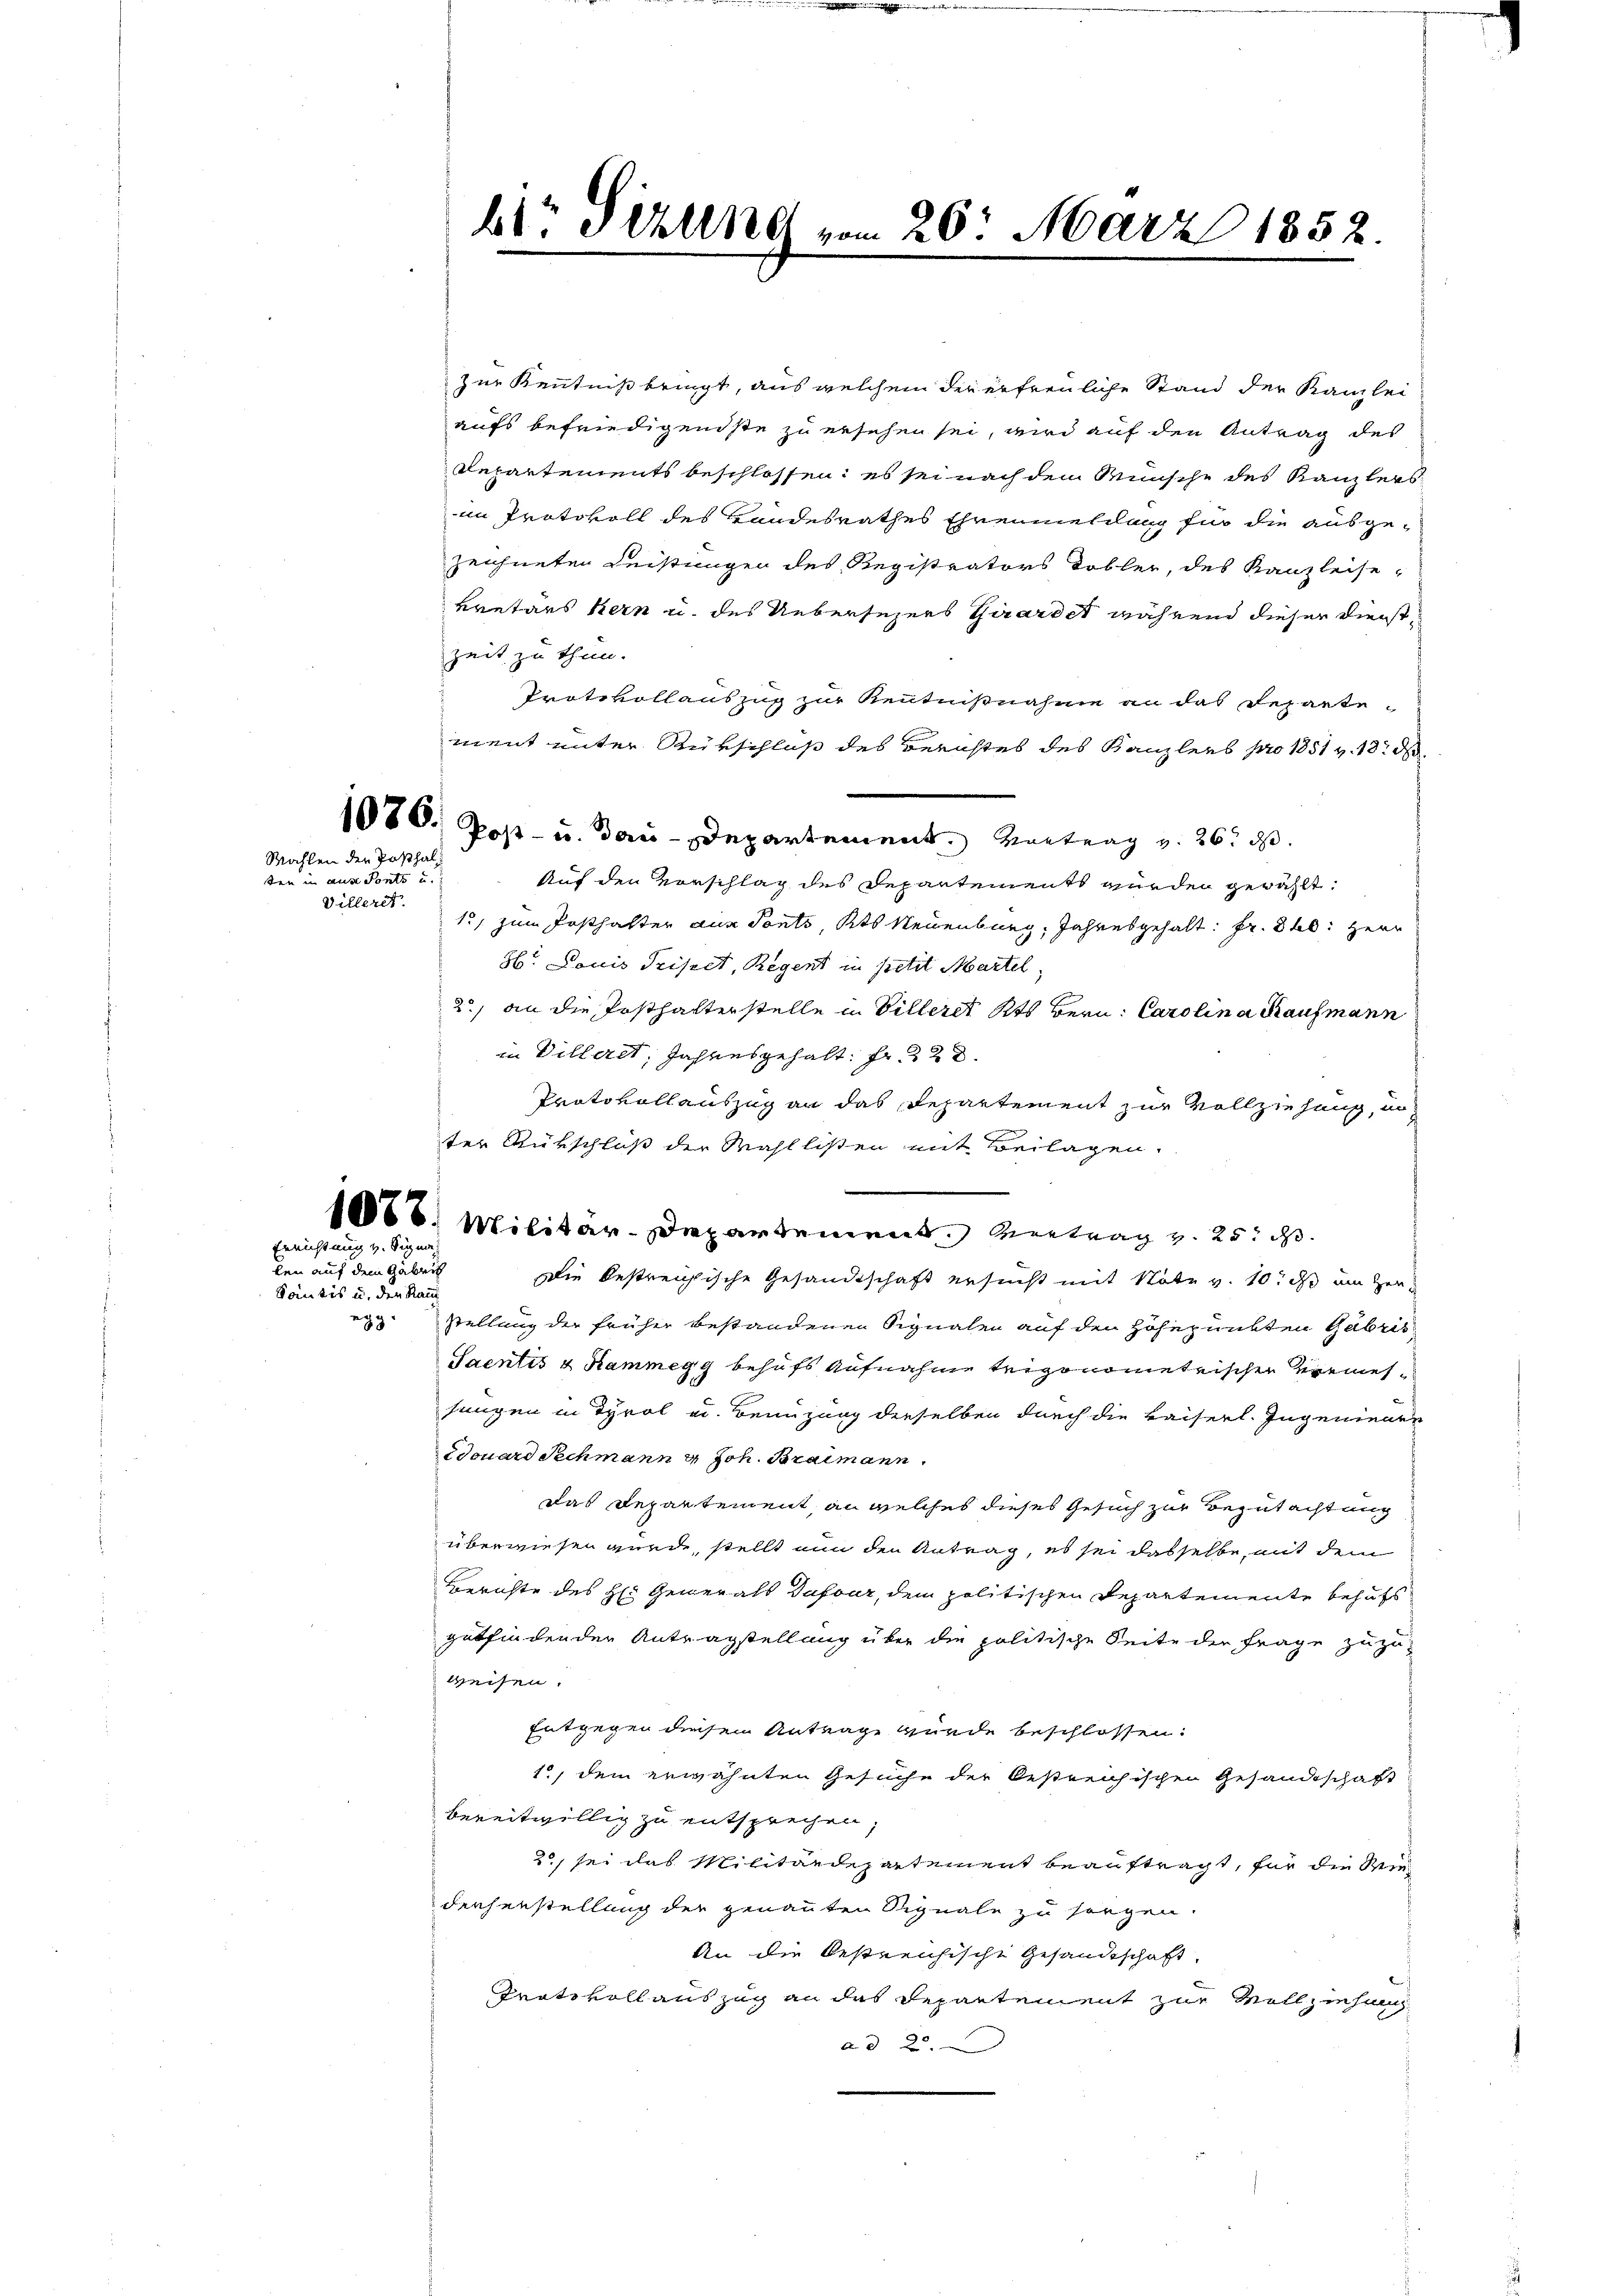
1076.

Wahlen der Posthalten in aus Ponts und
Villeret.

Errichtung v. Signa

len auf dem Gabrich
Santis u. den Rau

b1 5 Uhrend vom 26. März 1852.

zur Kenntniß bringt, aus welchem der erfreuliche Stand der Kanzlei
aufs befriedigendste zu ersehen sei, wird auf den Antrag des
Departements beschlossen: es sei nach dem Wunsche des Kanzlers
im Protokoll des Handesrathes Ehrenmeldung für die ausgezeichneten Leistungen des Registrators Tobler, des Kanzleise-
kretärs hern u. des Uebersezers Girardet während dieser Dienstzeit zu thun.
Protokollauszug zur Kenntnißnahme an das Repartement unter Rükschluß des Berichtes des Kanzleeb pro 1851 v. 18. d.
Post- u. das Departement. Vortrag und 26. d.
Auf den Vorschlag des Departements wurden gewählt.
1, zum Posthalter aus Ponts, Kts Neuenburg, Jahresgehalt: Fr. 80. Herr
36. Louis Prisert, Regent in petit Martel.
2) an die Posthalterstelle in Villeres Kts Bern. Carolina Kaufmann
in Villeret, Jahresgehalt. Fr. 328.
Protokollauszug an das Repartement zur Vollziehung, un
ter Rükschluß der Wahllisten mit Beilagen.
1088. Militär-Departemend Vertrag v. 25. d.
Die bestreichische Gesandtschaft ersucht mit Note v. 10. ds am Her
ez. Stellung der früher bestandenen Signalen auf den Höhepunkten Gabris
Saentis & Kammegg behufs Aufnahme trigonometrischen Bremessungen in Tyrol u. Benuzung derselben durch die kaiserl. Ingenieure
Douard Sechmann 4 Joh. Braimann.
Das Departement, an welches dieses Gesuch zur Begutachtung
überwiesen wurde, stellt nun den Antrag, es sei dasselbe, mit dem
Berichte des H: Generals Dafour, dem politischen Departemente behufs
gutfindenden Antragstellung über die politische Seite der Frage zuzuweisen.
Entgegen diesem Antrage wurde beschlossen:
1., dem erwähnten Gesuche der Oestreichischen Gesandtschaft
bereitwillig zu entsprechen
2 sei das Militärdepartement beauftragt, für die Reinderherstellung der genannten Signale zu sorgen.
An die bestreichische Gesandtschaft,
Tratsvoll auszug an das Departement zur Vollziehung
ad 2.